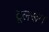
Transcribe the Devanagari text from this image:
टूलरूम